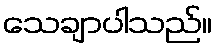
သေချာပါသည်။